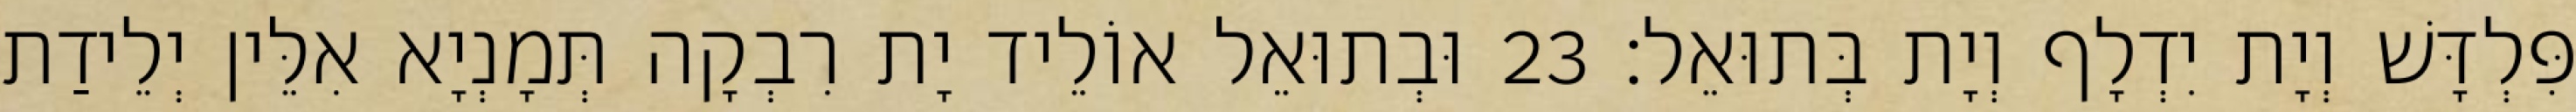
פִּלְדָּשׁ וְיָת יִדְלָף וְיָת בְּתוּאֵל׃ 23 וּבְתוּאֵל אוֹלֵיד יָת רִבְקָה תְּמָנְיָא אִלֵּין יְלֵידַת